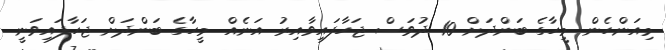
މިއަންހެން މީހާގެ ބަންދަށް 10 ދުވަސް ޖަހާފައިވާއިރު އަނެއް މީހާގެ ބަންދަށް ޖަހާފައިވަނީ